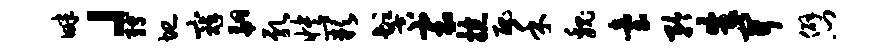
畔」缚圮寇翩乳怏缺髻寰掠丑禾魏台矜朱开僻门